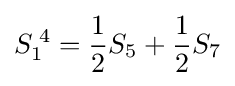
S_{1}^{\;4}={\frac {1}{2}}S_{5}+{\frac {1}{2}}S_{7}